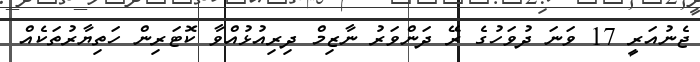
ޖެނުއަރީ 17 ވަނަ ދުވަހުގެ ރޭ ދަންވަރު ނާޒިމް ދިރިއުޅުއްވާ ކޮޓަރިން ހަތިޔާރުތަކެއް